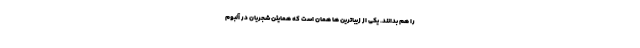
را هم بدانند. یکی از زیباترین ها همان است که همایئن شجریان در آلبوم